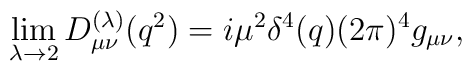
\lim\limits_{\lambda\rightarrow 2} D^{(\lambda)}_{\mu\nu}(q^2)=i\mu^2\delta^4(q)(2\pi)^4g_{\mu\nu},